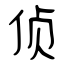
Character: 侦